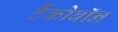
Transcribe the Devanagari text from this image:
टैंकोबाॅन